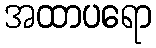
အထာပရော